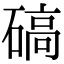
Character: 碻